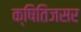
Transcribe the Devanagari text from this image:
क्षितिजसर